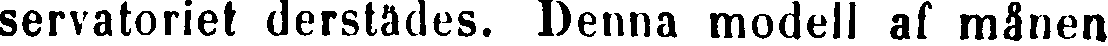
servatoriet derstädes. Denna modell af månen